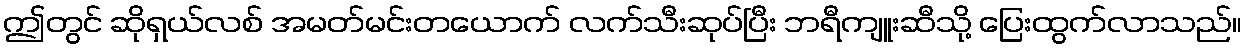
ဤတွင် ဆိုရှယ်လစ် အမတ်မင်းတယောက် လက်သီးဆုပ်ပြီး ဘရီကျူးဆီသို့ ပြေးထွက်လာသည်။